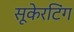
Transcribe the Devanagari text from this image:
सूकेरटिंग